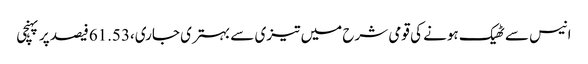
انیس سے ٹھیک ہونے کی قومی شرح میں تیزی سے بہتری جاری،61.53فیصد پر پہنچی